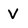
Character: V